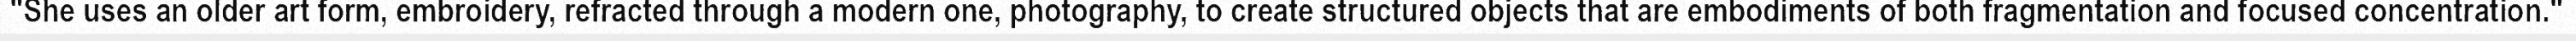
"She uses an older art form, embroidery, refracted through a modern one, photography, to create structured objects that are embodiments of both fragmentation and focused concentration."